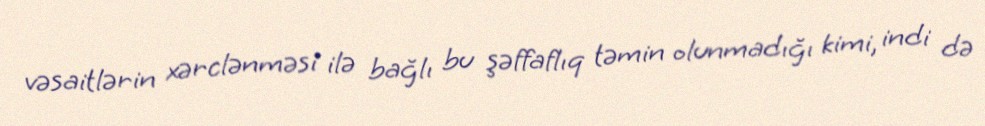
vəsaitlərin xərclənməsi ilə bağlı bu şəffaflıq təmin olunmadığı kimi, indi də